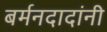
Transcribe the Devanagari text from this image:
बर्मनदादांनी